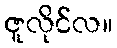
ဇူလိုင်လ။